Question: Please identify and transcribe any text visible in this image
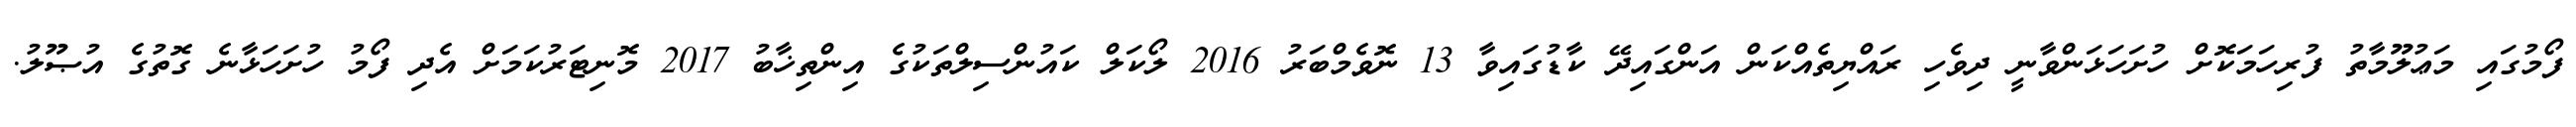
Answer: ފޯމުގައި މަޢުލޫމާތު ފުރިހަމަކޮށް ހުށަހަޅަންވާނީ ދިވެހި ރައްޔިތެއްކަން އަންގައިދޭ ކާޑުގައިވާ 13 ނޮވެމްބަރު 2016 ލޯކަލް ކައުންސިލްތަކުގެ އިންތިޚާބު 2017 މޮނިޓަރުކަމަށް އެދި ފޯމު ހުށަހަޅާނެ ގޮތުގެ އުޞޫލު.